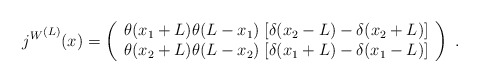
\begin{align*}{j^W}^{(L)}(x) = \left( \begin{array}{l}\theta(x_1 + L) \theta(L-x_1) \; [\delta(x_2 - L) - \delta(x_2 + L) ] \\\theta(x_2 + L) \theta(L-x_2) \; [\delta(x_1 + L) - \delta(x_1 - L) ]\end{array} \right) \; .\end{align*}